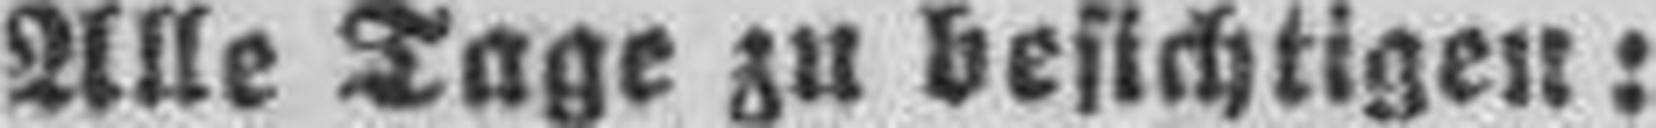
Alle Tage zu besichtigen: